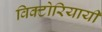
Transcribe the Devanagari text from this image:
विक्टोरियायी